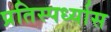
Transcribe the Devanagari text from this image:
प्रतिस्पर्ध्यास